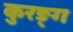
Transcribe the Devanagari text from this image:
कुरङ्ग